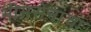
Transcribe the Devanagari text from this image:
भीमसेनांचा